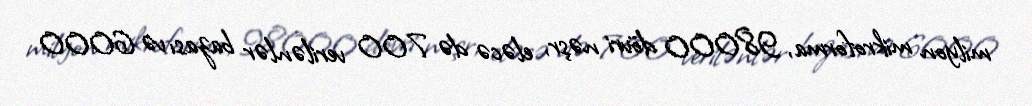
milyon mikroforma, 98000 dövri nəşr, eləcə də 700 verilənlər bazası və 6000